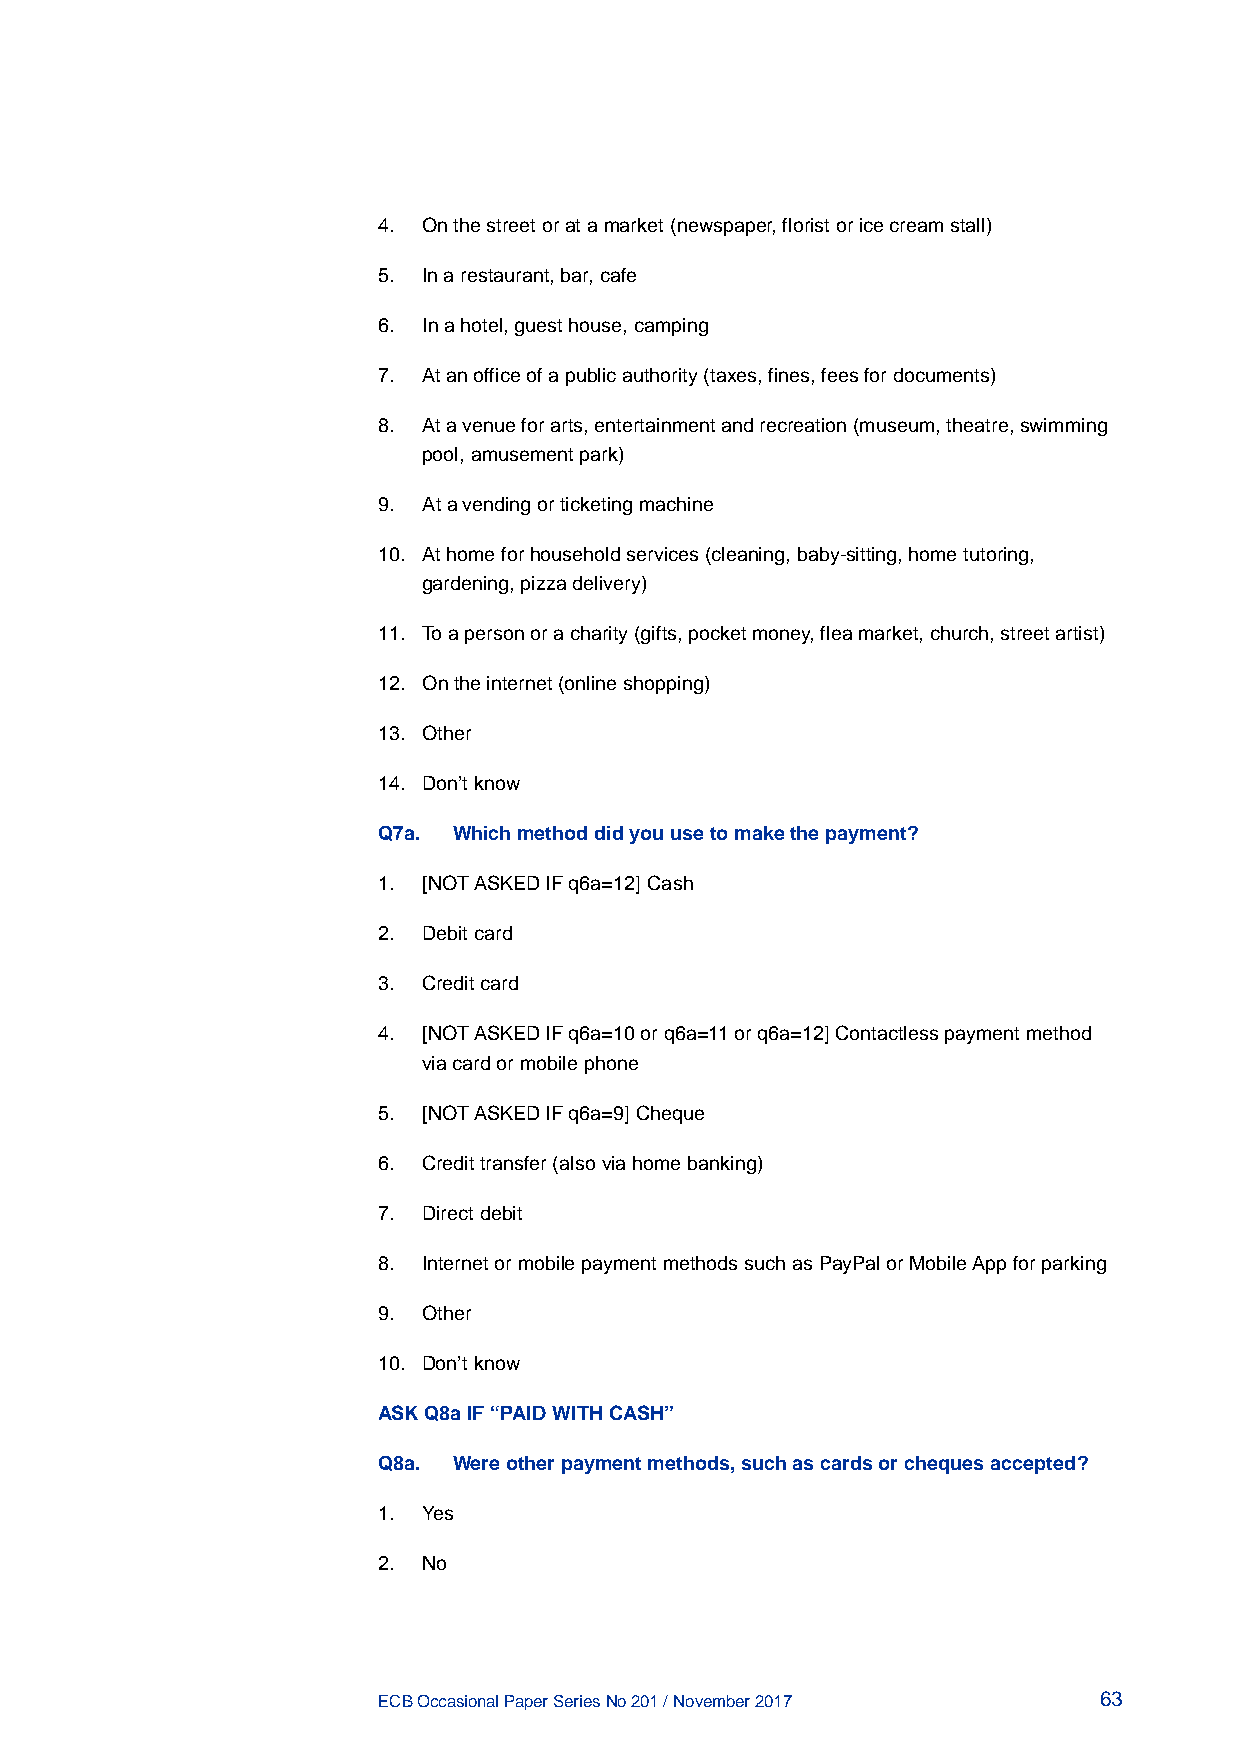
4. On the street or at a market (newspaper, florist or ice cream stall)
 5. In a restaurant, bar, cafe
 6. In a hotel, guest house, camping
 7. At an office of a public authority (taxes, fines, fees for documents)
 8. At a venue for arts, entertainment and recreation (museum, theatre, swimming
 pool, amusement park)
 9. At a vending or ticketing machine
 10. At home for household services (cleaning, baby-sitting, home tutoring,
 gardening, pizza delivery)
 11. To a person or a charity (gifts, pocket money, flea market, church, street artist)
 12. On the internet (online shopping)
 13. Other
 14. Don’t know
 Q7a. Which method did you use to make the payment?
 1. [NOT ASKED IF q6a=12] Cash
 2. Debit card
 3. Credit card
 4. [NOT ASKED IF q6a=10 or q6a=11 or q6a=12] Contactless payment method
 via card or mobile phone
 5. [NOT ASKED IF q6a=9] Cheque
 6. Credit transfer (also via home banking)
 7. Direct debit
 8. Internet or mobile payment methods such as PayPal or Mobile App for parking
 9. Other
 10. Don’t know
 ASK Q8a IF “PAID WITH CASH”
 Q8a. Were other payment methods, such as cards or cheques accepted?
 1. Yes
 2. No
 ECB Occasional Paper Series No 201 / November 2017 63